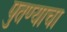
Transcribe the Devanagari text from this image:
पुतण्याचा